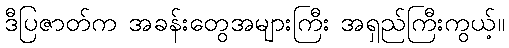
ဒီပြဇာတ်က အခန်းတွေအများကြီး အရှည်ကြီးကွယ့်။